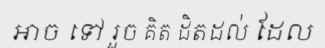
អាច ទៅ រួច គិត ដិតដល់ ដែល